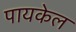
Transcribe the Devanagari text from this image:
पायकेल